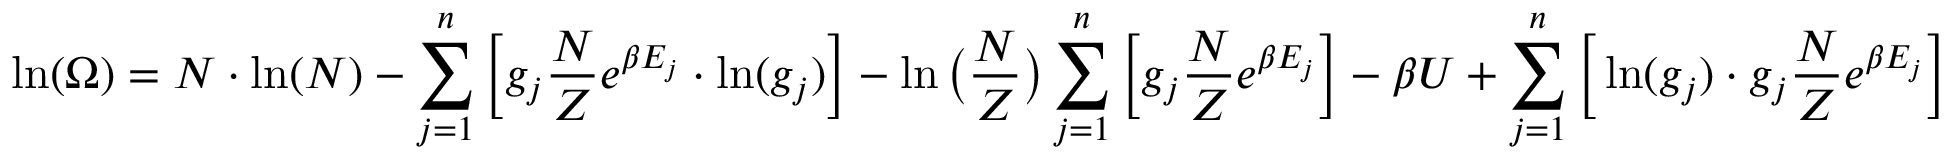
\ln ( \Omega ) = N \cdot \ln ( N ) - \sum _ { j = 1 } ^ { n } \bigg [ g _ { j } \frac { N } { Z } e ^ { \beta E _ { j } } \cdot \ln ( g _ { j } ) \bigg ] - \ln \big ( \frac { N } { Z } \big ) \sum _ { j = 1 } ^ { n } \bigg [ g _ { j } \frac { N } { Z } e ^ { \beta E _ { j } } \bigg ] - \beta U + \sum _ { j = 1 } ^ { n } \bigg [ \ln ( g _ { j } ) \cdot g _ { j } \frac { N } { Z } e ^ { \beta E _ { j } } \bigg ]